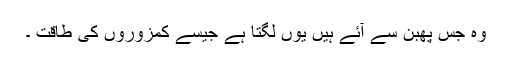
وہ جس پھبن سے آئے ہیں یوں لگتا ہے جیسے کمزوروں کی طاقت ۔